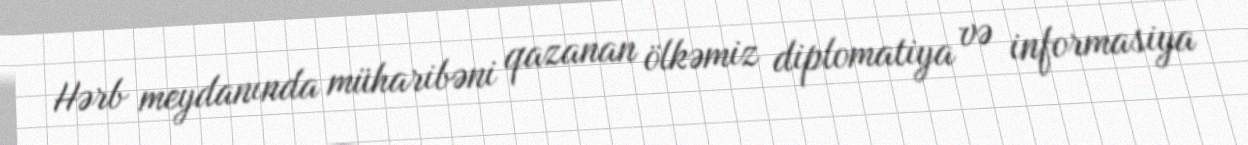
Hərb meydanında müharibəni qazanan ölkəmiz diplomatiya və informasiya